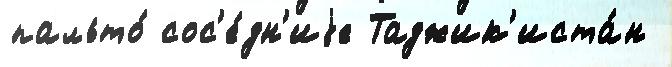
пальто́ сос'е́дн'иjе Таджик'иста́н